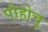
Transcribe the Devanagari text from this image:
पोहोचु